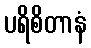
ပရိစိတာနံ